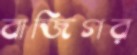
বাজিগর